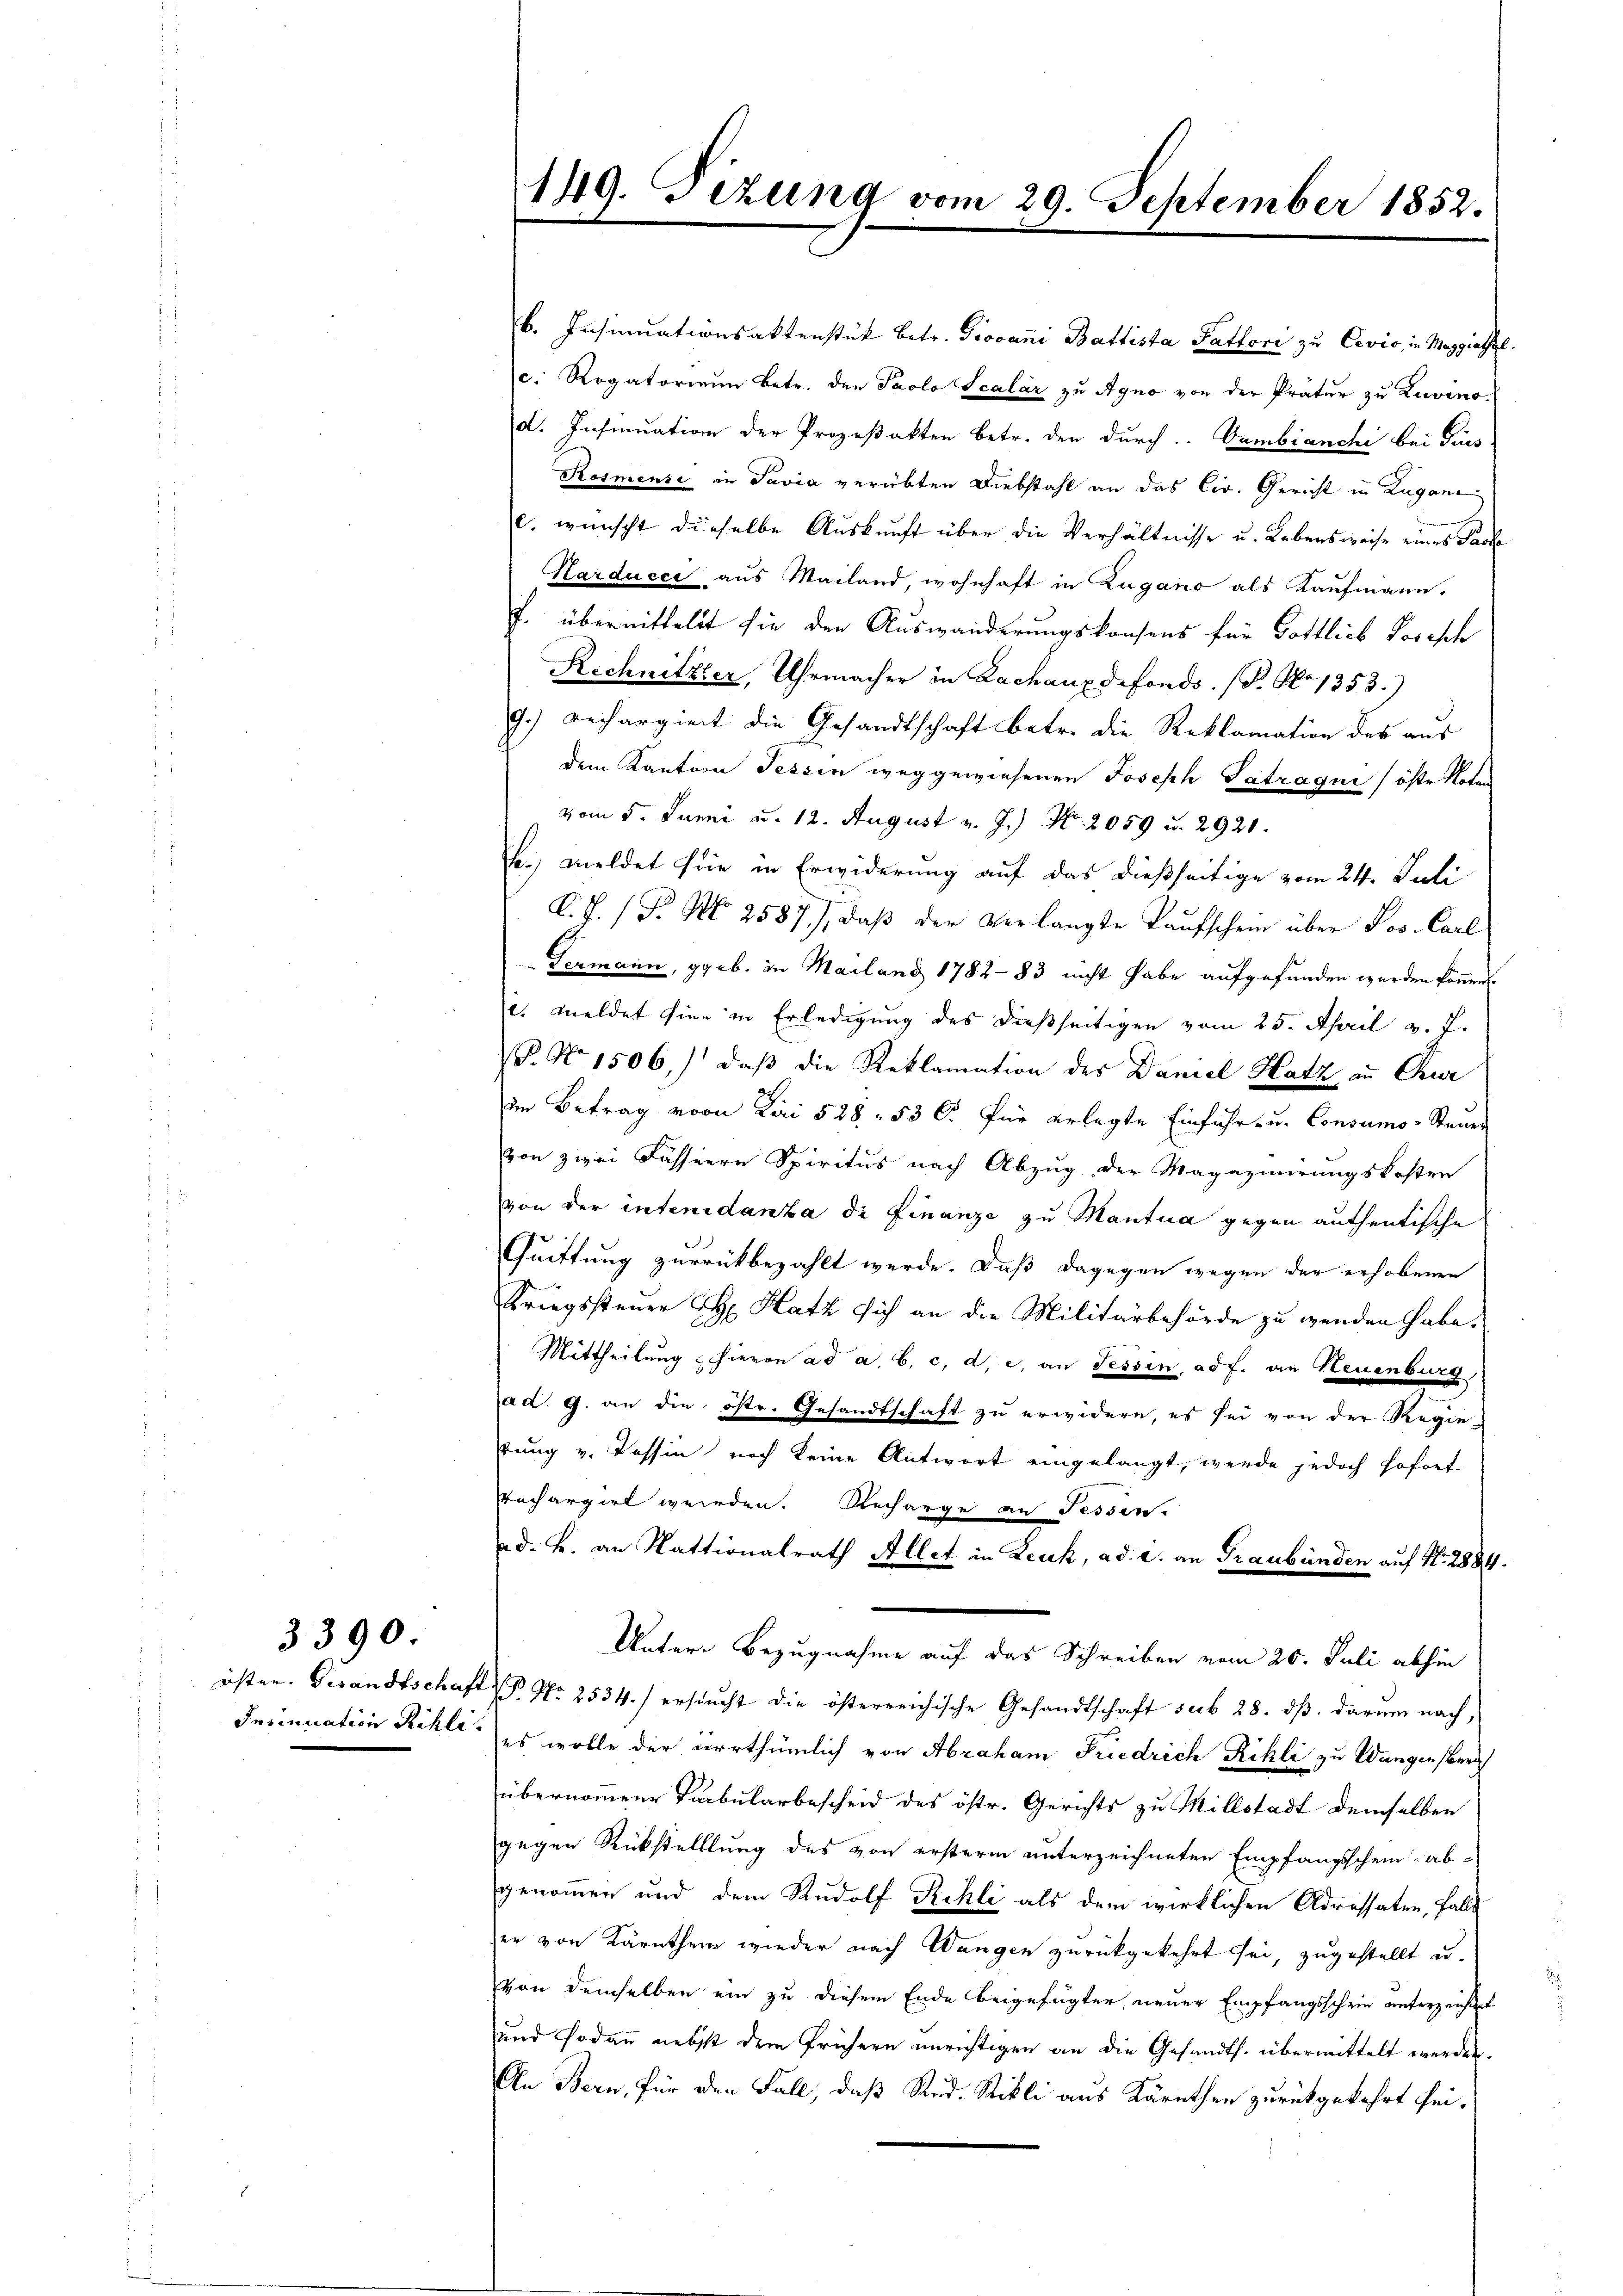
3390

b. Insinuationsaktenstük betr. Giovani Battista Fattori zu Cevio, in Maggiathal.
c. Rogatorienm Betr. den Paolo Scalar zu Agno von der Prätur zu Zuvino
a. Insinuation der Prozeßakten betr. den durch. Gambianchi bei dies
Rosmense in Savia verübten Diebstahl an das Civ. Gericht in Lugani¬
. wünscht dieselbe Auskunft über die Verhältnisse u. Lebensweise eines Packe
Harducci aus Mailand, wohnhaft in Zugano als Kaufmann.
f. übermittelst sie den Auswänderungskonsens für Gottlieb Dosisch
Rechnitzer, Uhrmacher in Zachanzdefonds. (T. No 1353.)
9.) Rechargiert die Gesandtschaft betr. die Reklamation des aus
dem Kantoon Tessin weggewiesenen Joseph Satragni (öste Noten
vom 5. Juni u. 12. August v. J.) No. 2059 u. 2921.
l. meldet für in Erwiderung auf das dießseitige vom 24. Juli
C. J. (T. N. 2587), daß der verlangte Kaufschein über Jos. Carl
Germann, geb. in Mailang 1782 - 83 nicht habe aufgefunden werden können.
. meldet hier in Erledigung des dießseitigen vom 25. April v. J.
P. No 1506) daß die Reklamation des Daniel Hotz in Cur
im Betrag vom Kai 528. 53 Fr. für erlegte Einfuhr- u. Consumo- Steuer
von zwei Fässern Spiritus nach Abzug, der Magazinirungskosten
von der intenidanza di Finanze zu Mantua gegen authentische
Quittung zurückbezahlt werde. Daß dagegen wegen der erhobenen
Kriegssteuer H. Hatz sich an die Militärbehörde zu wenden habe.
Mittheilung hievon ad a. b. c. d. c. an Tessin, adf. an Neuenburg,
ad. 9. an die östr. Gesandtschaft zu erwidern, es sei von der Regierung v. Kassin noch keine Antwort eingelangt, werde jedoch sofort
Nachargirt werden. Recharge an Fessen.
ad. B. an Stationalrath Allet in Zeuk, ad. 2. an Graubünden auf Nr. 2884.
Untere Bezugnahme auf das Schreiben vom 20. Juli abhin
öster. Gesandtschaft P. Nr. 2534.) ersucht die österreichische Gesandtschaft sub 28. ds. darum nach,
Insinuation Rehle (es wolle der urrthümlich von Abraham Friedrich Rihli zu Wangen sprech
übernommene Turbularbescheid des östr. Gerichts zu Millstadt demselben
gegen Rückstelllung des von ersterm unterzeichneten Empfangsschein ab-
genommen und dem Rudolf Rehli als dem wirklichen Adressaten, Falle
er von Kärnthem wieder nach Wangen zurückgekehrt sei, zugestellt u.
von demselben ein zu diesem Ende beigefügter neuer Empfangsschein unterzeichnet
und sodann nebst dem frühern unrichtigen an die Gesandts. übermittelt werden.
An Bern, für den Fall, daß Rud. Rikli aus Kärnthen zurückgekehrt sei.

149. Fezung vom 29. September 1852.